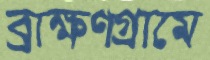
ব্রাক্ষণগ্রামে